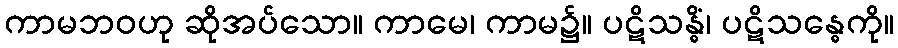
ကာမဘဝဟု ဆိုအပ်သော။ ကာမေ၊ ကာမ၌။ ပဋိသန္ဓိံ၊ ပဋိသန္ဓေကို။